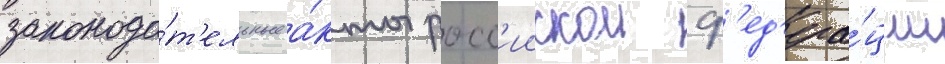
законода́т'ельные а́кты росс'иискои ф'ед'ера́ции